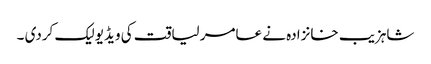
شاہزیب خانزادہ نے عامر لیاقت کی ویڈیو لیک کردی ۔